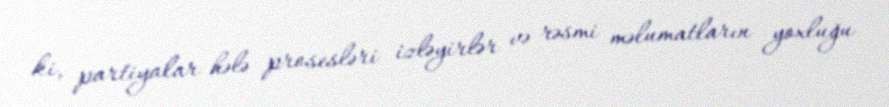
ki, partiyalar hələ prosesləri izləyirlər və rəsmi məlumatların yoxluğu